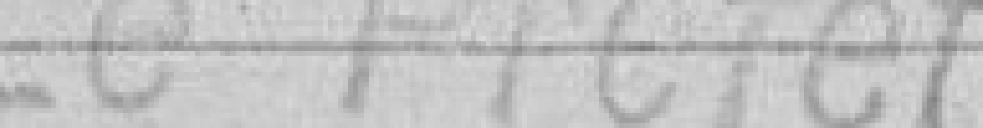
Le Préfet